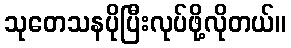
သုတေသနပိုပြီးလုပ်ဖို့လိုတယ်။